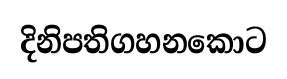
දිනිපතිගහනකොට